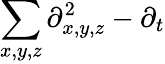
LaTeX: \sum_{x,y,z}\partial_{x,y,z}^{2}-\partial_{t}